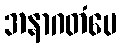
အနာဂတံပေ